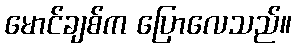
မောင်ချစ်က ပြောလေသည်။